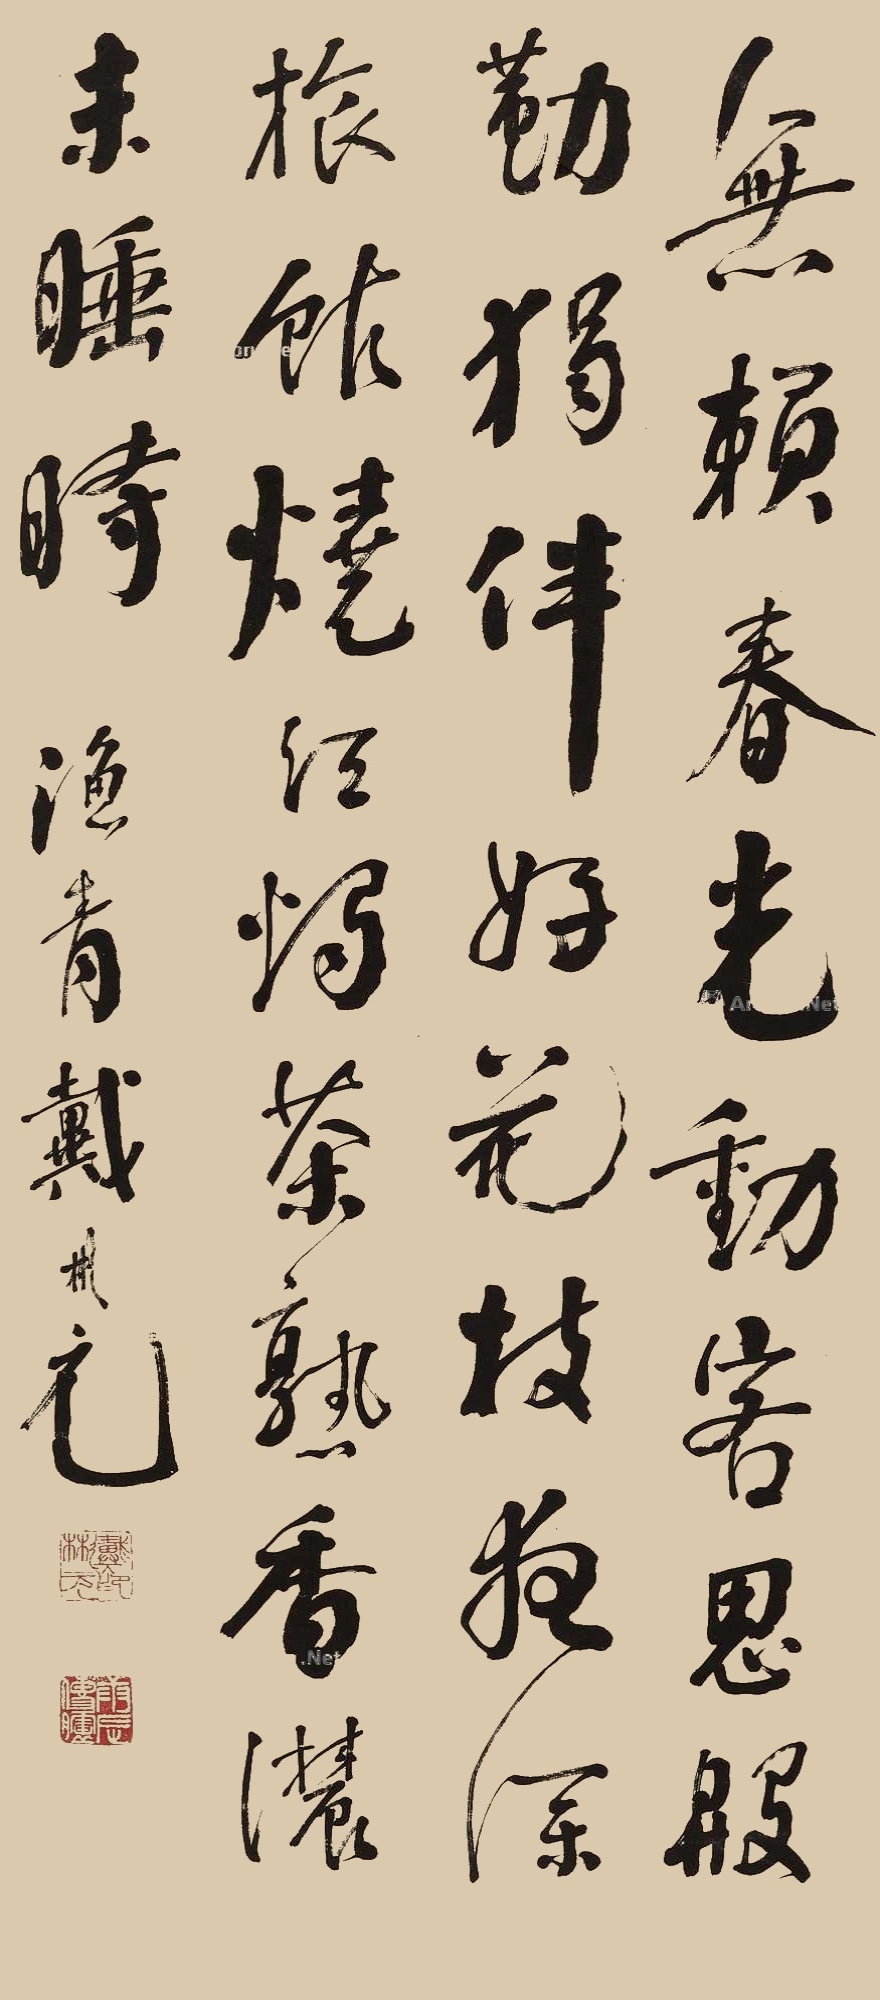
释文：无赖春光动客思，殷勤独伴好花枝。夜深旅馆烧红烛，茶熟香浓未睡时。渔青戴彬元。